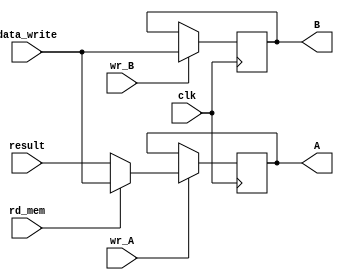
module registers (
    input clk, wr_A, wr_B, rd_mem,
    input [7:0] data_write, result,
    output reg [7:0] A, B 
); 
    always @(posedge clk) begin
        if (wr_A) begin
            if (rd_mem)
                A <= data_write;
            else
                A <= result;
        end
        if (wr_B)
            B <= data_write;
    end
endmodule